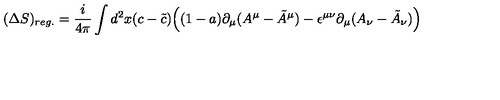
( \Delta S ) _ { r e g . } = { \frac { i } { 4 \pi } } \int d ^ { 2 } x ( c - \tilde { c } ) \Big ( ( 1 - a ) \partial _ { \mu } ( A ^ { \mu } - \tilde { A } ^ { \mu } ) - \epsilon ^ { \mu \nu } \partial _ { \mu } ( A _ { \nu } - \tilde { A } _ { \nu } ) \Big )